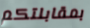
بمقابلتكم